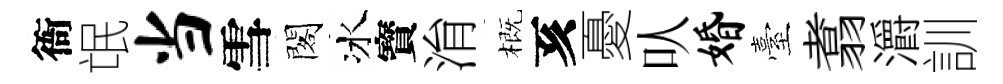
衙氓当雪閣冰寳㳙概亥憂㕥婚臺翥灂訓